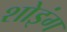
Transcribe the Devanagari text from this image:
शोइंग